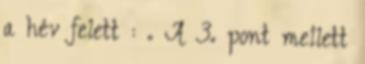
a hév felett : . A 3. pont mellett